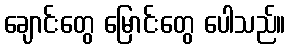
ချောင်းတွေ မြောင်းတွေ ပေါသည်။